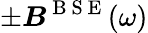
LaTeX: \pm\boldsymbol{B}^{\mathrm{~B~S~E~}}(\omega)